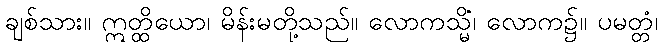
ချစ်သား။ ဣတ္ထိယော၊ မိန်းမတို့သည်။ လောကသ္မိံ၊ လောက၌။ ပမတ္တံ၊